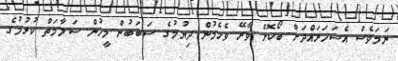
ނަމަވެސް އެސަހަރައްދަށް ބޯކޮށް ވާރޭ ވެހެމުން ދިޔުމުގެ ސަބަބުން މީހުން ސަލާމަތް ކުރުމުގެ